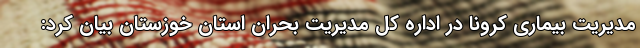
مدیریت بیماری کرونا در اداره کل مدیریت بحران استان خوزستان بیان کرد: